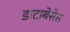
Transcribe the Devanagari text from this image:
डाटाबेसेस